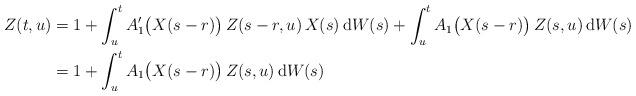
LaTeX: \begin{align*}Z(t,u) & = 1 + \int_u^t A_1^\prime \big( X(s-r) \big) \, Z (s-r ,u) \, X(s) \, \mbox{d}W(s) + \int_u^t A_1 \big( X(s-r) \big)\, Z(s,u) \, \mbox{d}W(s) \\& = 1 + \int_u^t A_1 \big( X(s-r) \big) \, Z(s,u) \, \mbox{d}W(s) \end{align*}